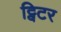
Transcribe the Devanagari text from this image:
ट्विटर